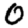
Digit: 0